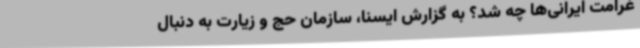
غرامت ایرانی‌ها چه شد؟ به گزارش ایسنا، سازمان حج و زیارت به دنبال